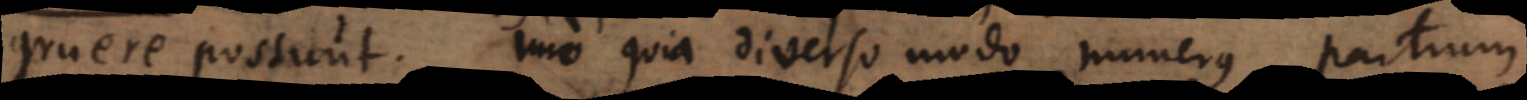
gruere possunt Imo quia diverso modo numerus partium